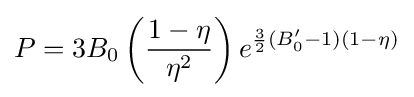
P=3B_{0}\left({\frac {1-\eta }{\eta ^{2}}}\right)e^{{\frac {3}{2}}(B_{0}'-1)(1-\eta )}